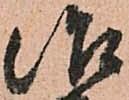
治